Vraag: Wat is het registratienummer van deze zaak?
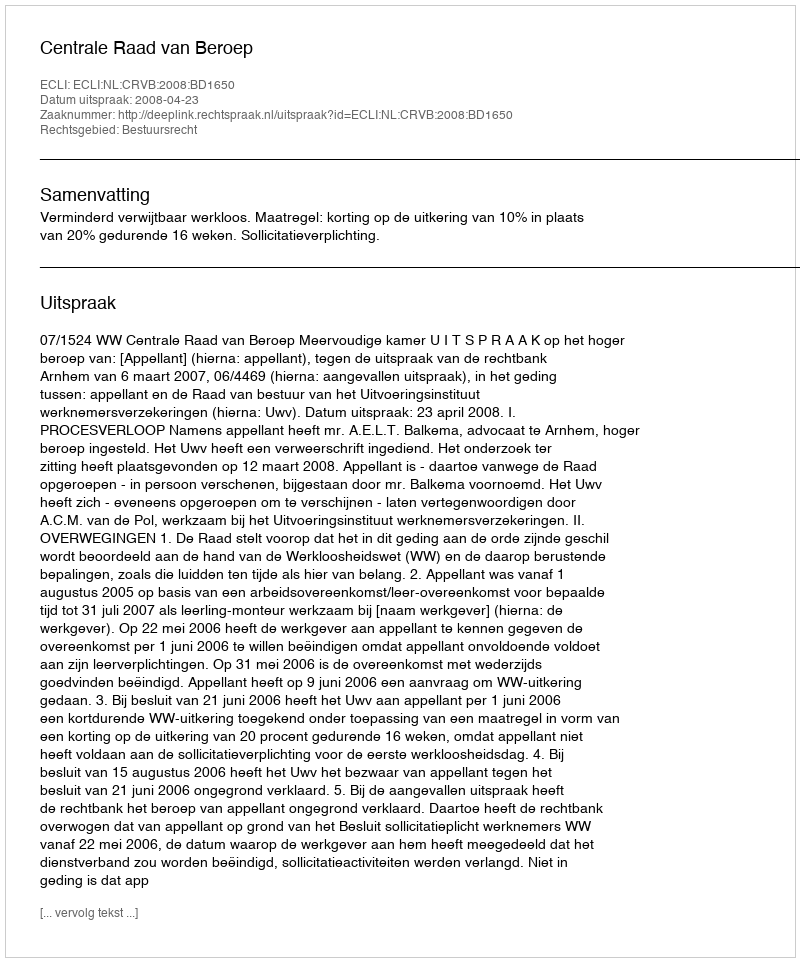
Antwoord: http://deeplink.rechtspraak.nl/uitspraak?id=ECLI:NL:CRVB:2008:BD1650